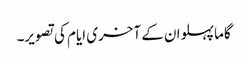
گاما پہلوان کے آخری ایام کی تصویر۔